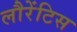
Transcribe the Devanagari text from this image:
लौरेंटिस